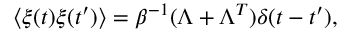
\left\langle \boldsymbol \xi ( t ) \boldsymbol \xi ( t ^ { \prime } ) \right\rangle = \beta ^ { - 1 } ( \boldsymbol \Lambda + \boldsymbol \Lambda ^ { T } ) \delta ( t - t ^ { \prime } ) ,